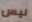
ليس